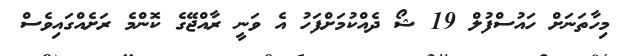
މިހާތަނަށް ހައުސްފުލް 19 ޝޯ ދެއްކުމަށްފަހު އެ ވަނީ ރާއްޖޭގެ ކޮންމެ ރަށެއްގައިވެސް